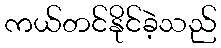
ကယ်တင်နိုင်ခဲ့သည်